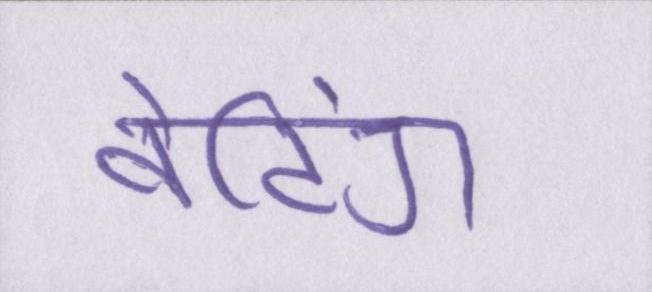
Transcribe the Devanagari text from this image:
वेटिंग